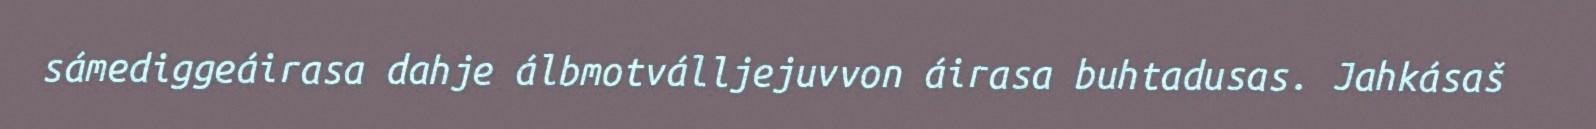
sámediggeáirasa dahje álbmotválljejuvvon áirasa buhtadusas. Jahkásaš